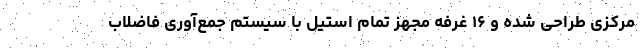
مرکزی طراحی شده و ۱۶ غرفه مجهز تمام استیل با سیستم جمع‌آوری فاضلاب